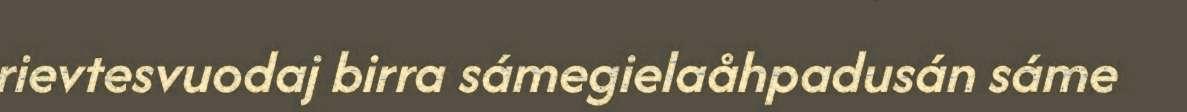
rievtesvuodaj birra sámegielaåhpadusán sáme